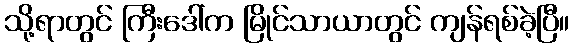
သို့ရာတွင် ကြီးဒေါ်က မြိုင်သာယာတွင် ကျန်ရစ်ခဲ့ပြီ။